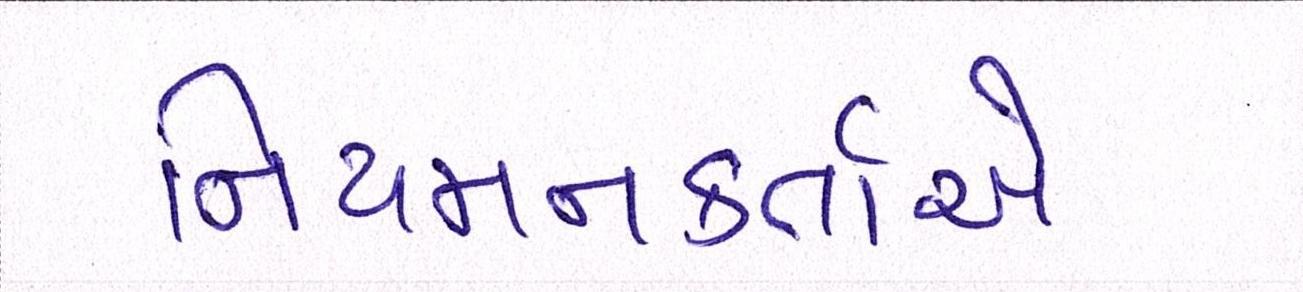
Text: નિયમનકર્તાએ